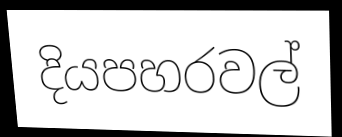
දියපහරවල්